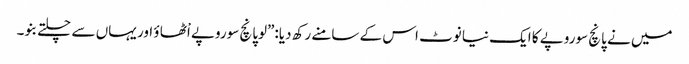
میں نے پانچ سوروپے کا ایک نیا نوٹ اس کے سامنے رکھ دیا:”لوپانچ سوروپے اْٹھا ؤ اور یہاں سے چلتے بنو۔